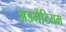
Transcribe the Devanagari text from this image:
अडमेंटियम